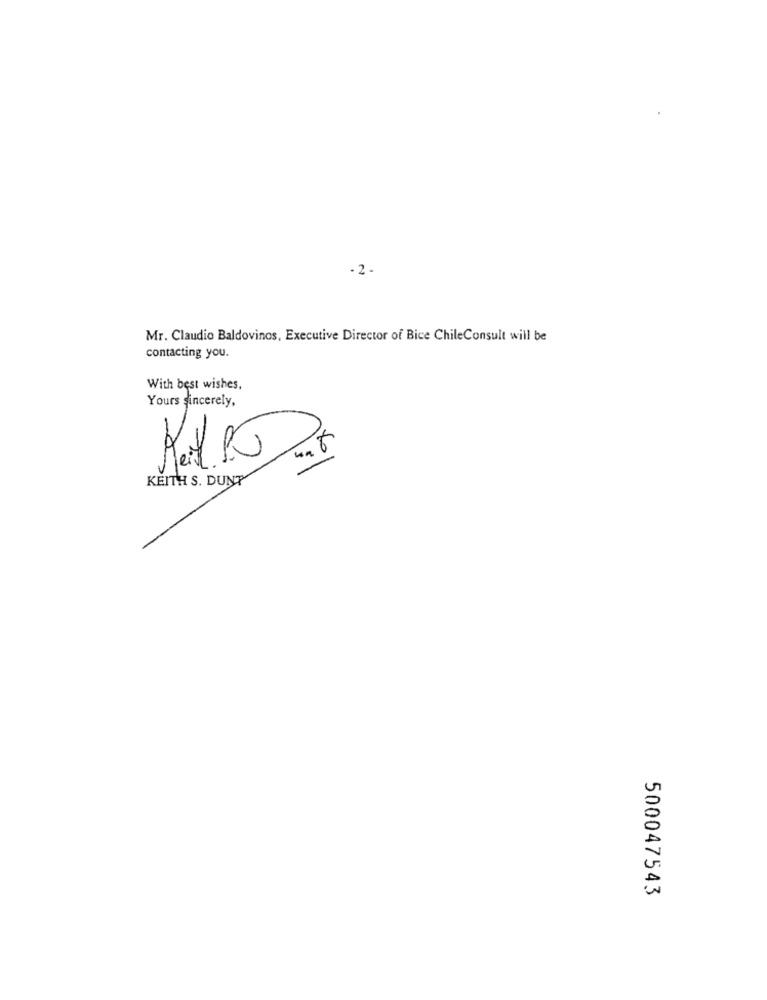
- 2.
Mr. Claudio Baldovinos, Executive Director of Bice ChileConsult will be
contacting you.
With best wishes,
Yours sincerely,
KEITH S. DUNT
500047543